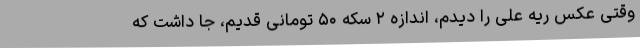
وقتی عکس ریه علی را دیدم، اندازه ۲ سکه ۵۰ تومانی قدیم، جا داشت که